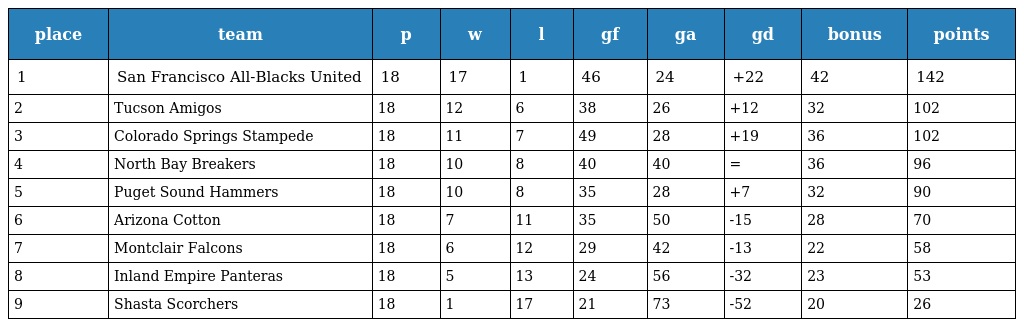
| place | team | p | w | l | gf | ga | gd | bonus | points |
 | --- | --- | --- | --- | --- | --- | --- | --- | --- | --- |
 | 1 | San Francisco All-Blacks United | 18 | 17 | 1 | 46 | 24 | +22 | 42 | 142 |
 | 2 | Tucson Amigos | 18 | 12 | 6 | 38 | 26 | +12 | 32 | 102 |
 | 3 | Colorado Springs Stampede | 18 | 11 | 7 | 49 | 28 | +19 | 36 | 102 |
 | 4 | North Bay Breakers | 18 | 10 | 8 | 40 | 40 | = | 36 | 96 |
 | 5 | Puget Sound Hammers | 18 | 10 | 8 | 35 | 28 | +7 | 32 | 90 |
 | 6 | Arizona Cotton | 18 | 7 | 11 | 35 | 50 | -15 | 28 | 70 |
 | 7 | Montclair Falcons | 18 | 6 | 12 | 29 | 42 | -13 | 22 | 58 |
 | 8 | Inland Empire Panteras | 18 | 5 | 13 | 24 | 56 | -32 | 23 | 53 |
 | 9 | Shasta Scorchers | 18 | 1 | 17 | 21 | 73 | -52 | 20 | 26 |